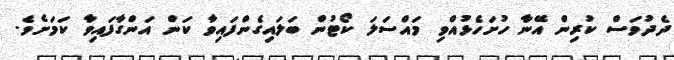
ދެދުވަސް ކުރިން އޭނާ ހުށަހެޅުއްވި މައްސަލަ ކޯޓުން ބަލައިގެންފައިވާ ކަން އަންގާފައިވާ ކަމަށެވެ.